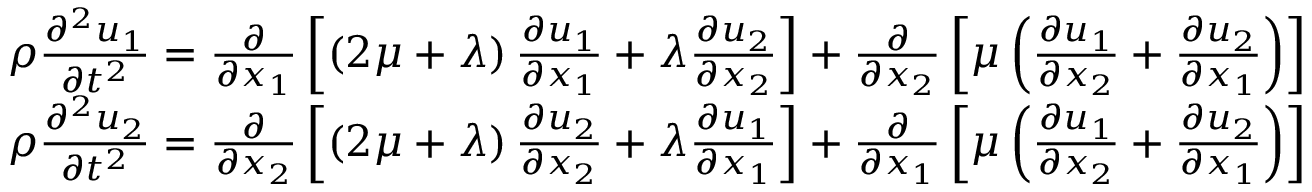
\begin{array} { r } { \rho \frac { \partial ^ { 2 } u _ { 1 } } { \partial t ^ { 2 } } = \frac { \partial } { \partial x _ { 1 } } \left[ \left( 2 \mu + \lambda \right) \frac { \partial u _ { 1 } } { \partial x _ { 1 } } + \lambda \frac { \partial u _ { 2 } } { \partial x _ { 2 } } \right] + \frac { \partial } { \partial x _ { 2 } } \left[ \mu \left( \frac { \partial u _ { 1 } } { \partial x _ { 2 } } + \frac { \partial u _ { 2 } } { \partial x _ { 1 } } \right) \right] } \\ { \rho \frac { \partial ^ { 2 } u _ { 2 } } { \partial t ^ { 2 } } = \frac { \partial } { \partial x _ { 2 } } \left[ \left( 2 \mu + \lambda \right) \frac { \partial u _ { 2 } } { \partial x _ { 2 } } + \lambda \frac { \partial u _ { 1 } } { \partial x _ { 1 } } \right] + \frac { \partial } { \partial x _ { 1 } } \left[ \mu \left( \frac { \partial u _ { 1 } } { \partial x _ { 2 } } + \frac { \partial u _ { 2 } } { \partial x _ { 1 } } \right) \right] } \end{array}